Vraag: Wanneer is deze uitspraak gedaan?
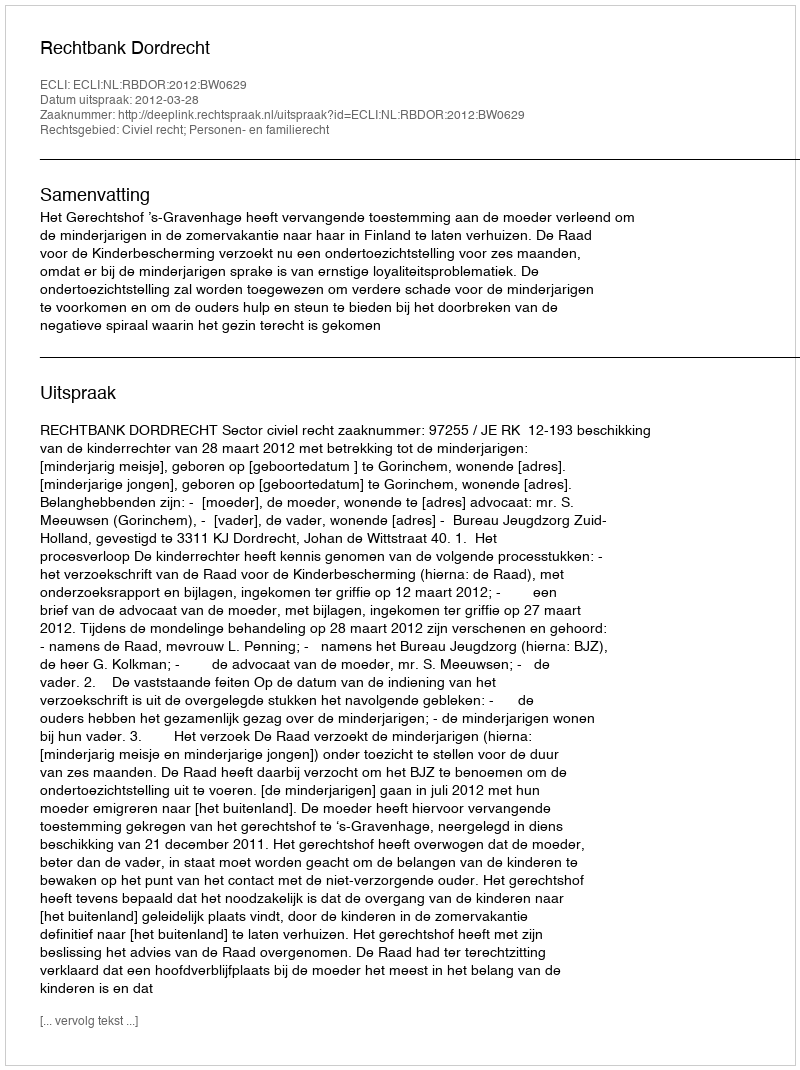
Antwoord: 2012-03-28